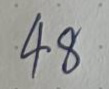
48